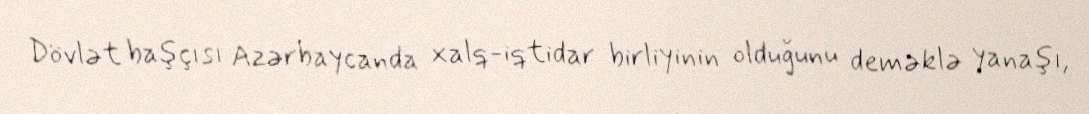
Dövlət başçısı Azərbaycanda xalq-iqtidar birliyinin olduğunu deməklə yanaşı,